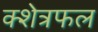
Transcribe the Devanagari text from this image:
क्शेत्रफल